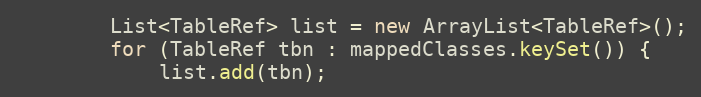
Language: Java
        List<TableRef> list = new ArrayList<TableRef>();
        for (TableRef tbn : mappedClasses.keySet()) {
            list.add(tbn);